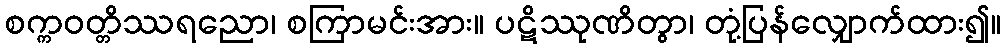
စက္ကဝတ္တိဿရညော၊ စကြာမင်းအား။ ပဋိဿုဏိတွာ၊ တုံ့ပြန်လျှောက်ထား၍။